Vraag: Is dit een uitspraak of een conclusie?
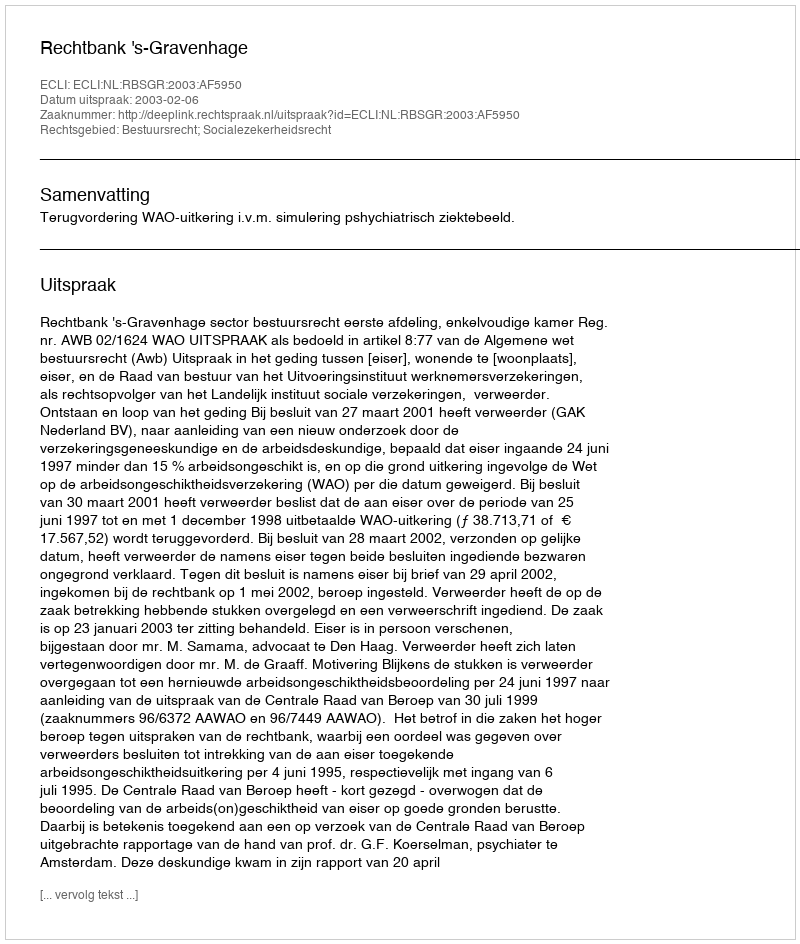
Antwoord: Uitspraak